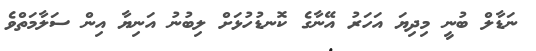
ނަޑާލް ބުނީ މިދިޔަ އަހަރު އޭނާގެ ކޮނޑުހުޅަށް ލިބުނު އަނިޔާ އިން ސަލާމަތްވެ